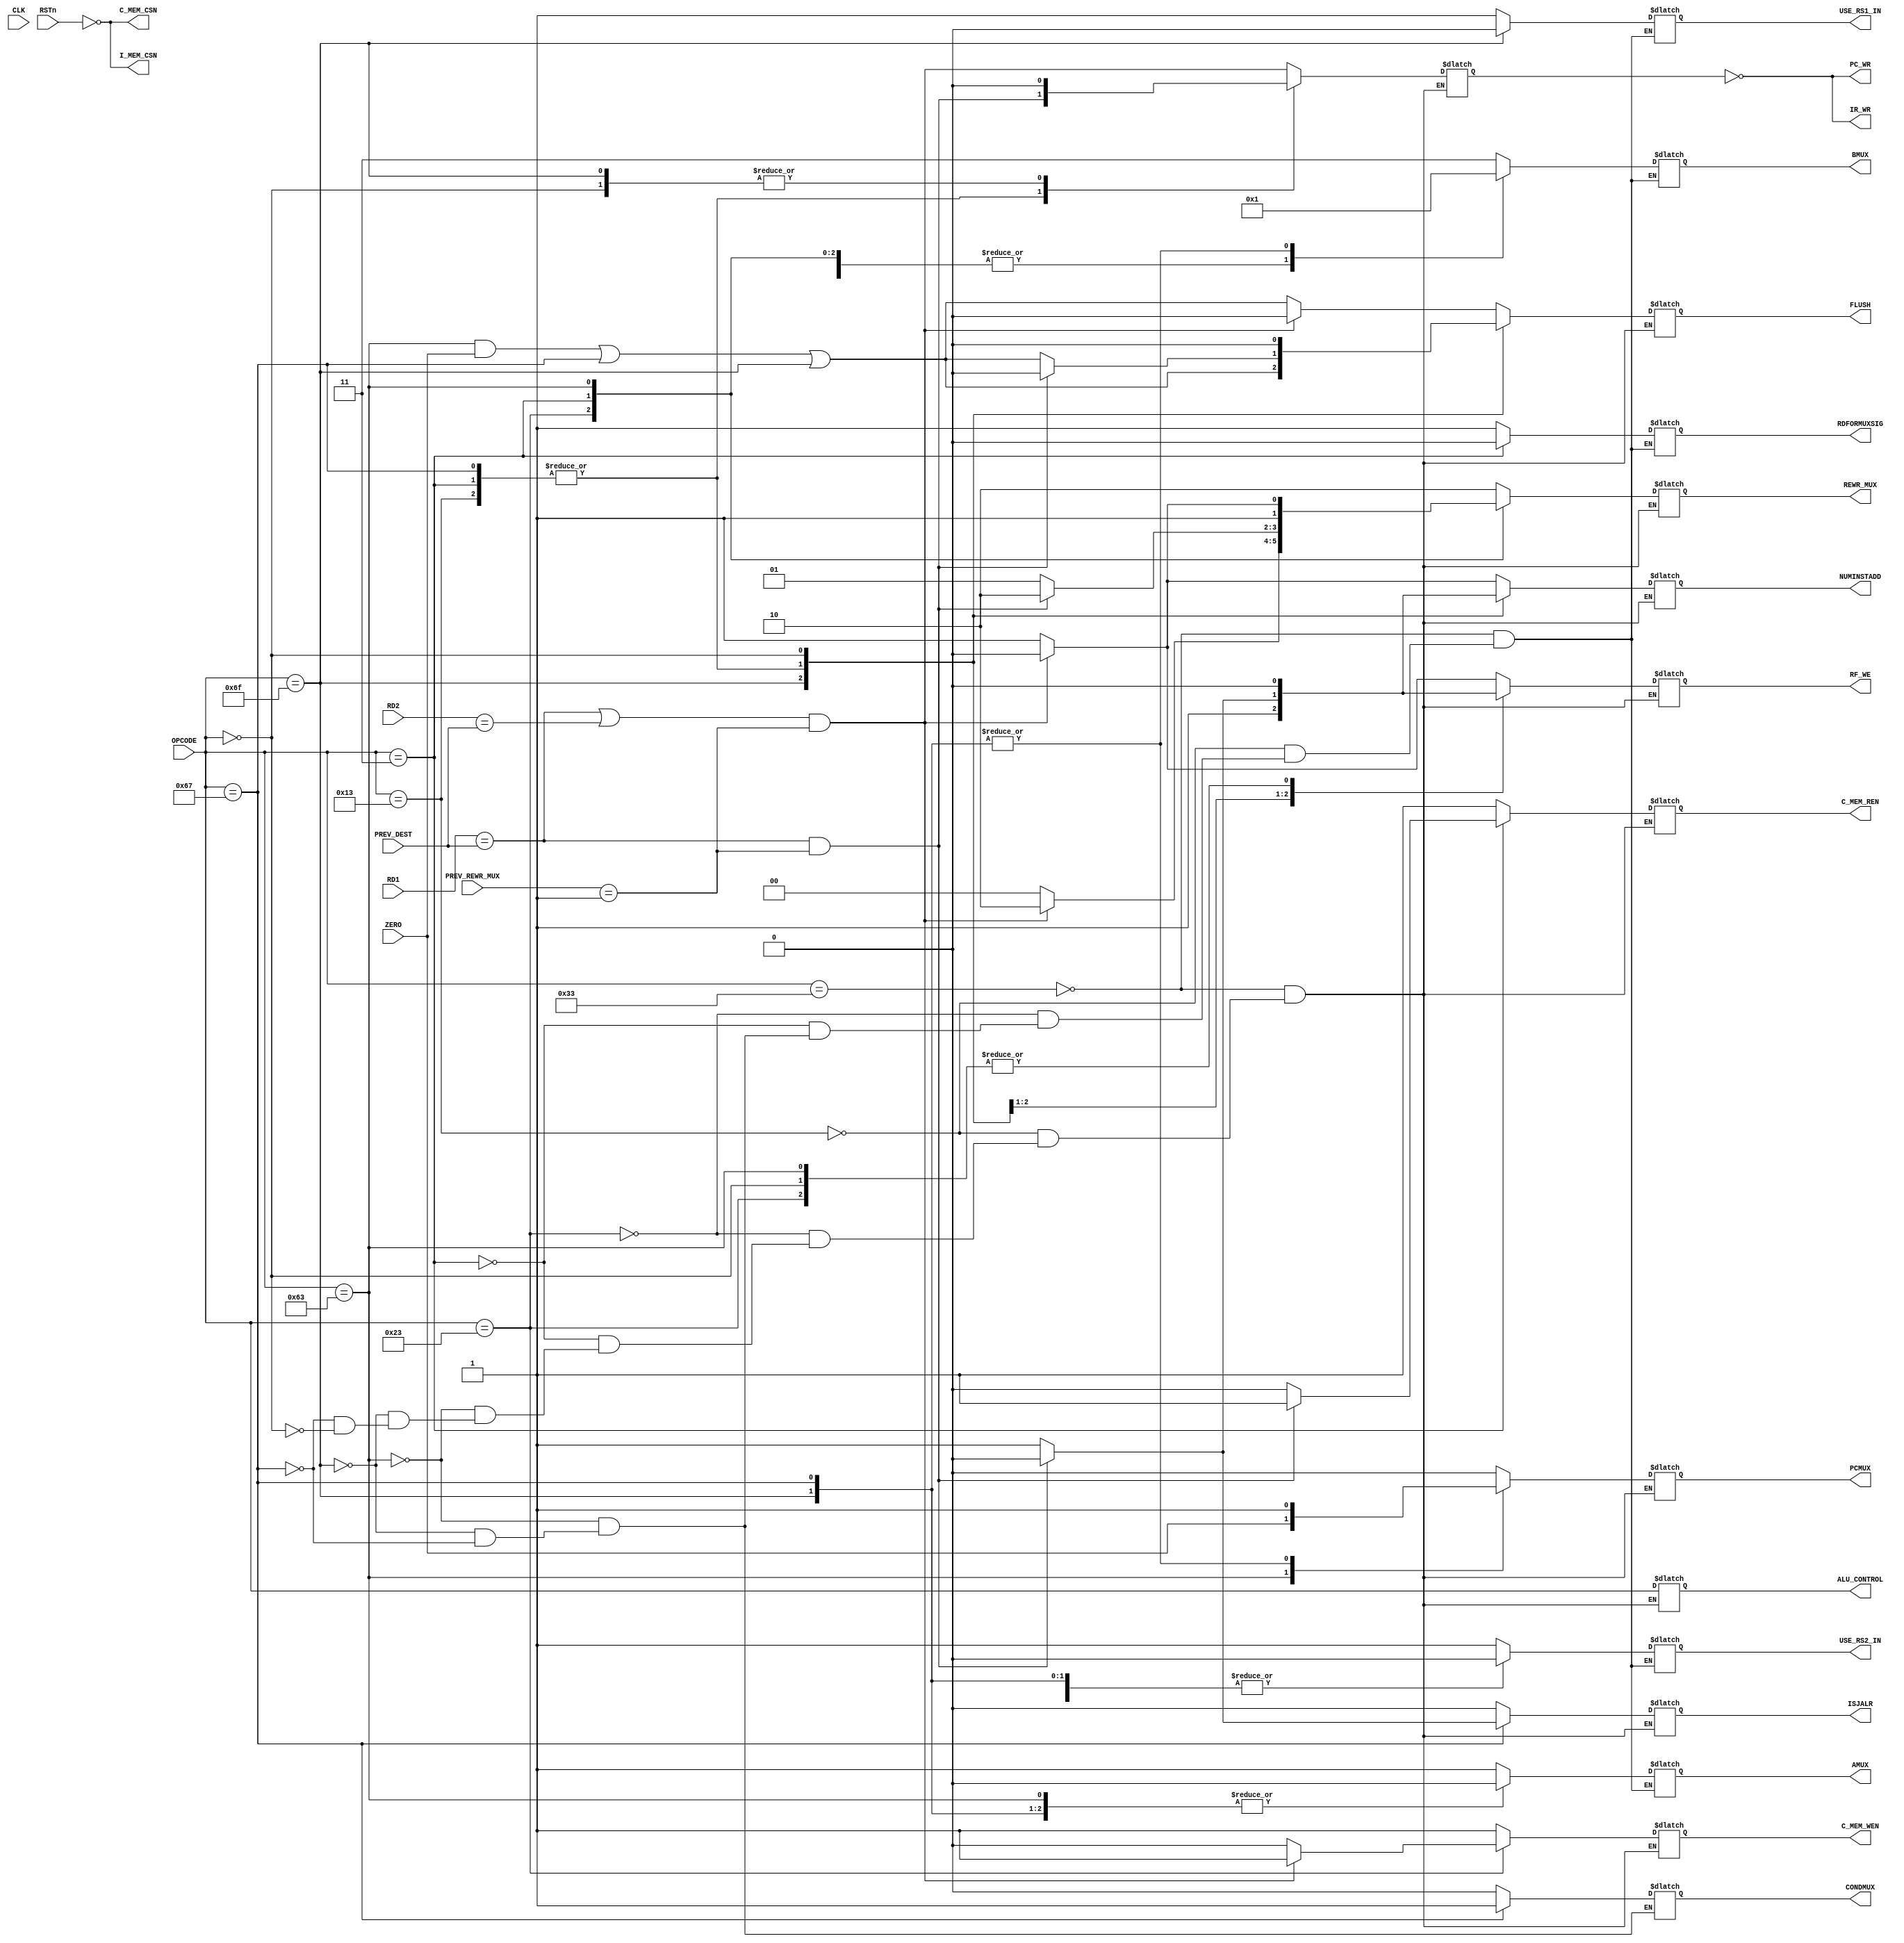
module CONTROL (
		
	input wire [6:0] OPCODE,
	input wire RSTn,
	input wire CLK,
	input wire [4:0] RD1,
	input wire [4:0] RD2,
	input wire [4:0] PREV_DEST,
	input wire [1:0] PREV_REWR_MUX,
    input wire ZERO,

	output wire RF_WE, C_MEM_REN, C_MEM_WEN, I_MEM_CSN, C_MEM_CSN, AMUX, ISJALR, CONDMUX, 
	output wire [6:0] ALU_CONTROL,
	output wire [1:0] BMUX, REWR_MUX,
	output wire IR_WR, PC_WR, FLUSH, NUMINSTADD, PCMUX,
    output wire USE_RS1_IN, USE_RS2_IN, RDFORMUXSIG
	);


	reg[6:0] _ALU_CONTROL;
	reg[1:0] _BMUX, _REWR_MUX;
	reg _RE_WE, _C_MEM_WEN, _AMUX, _IS_JALR, _CONDMUX, _STALL, _FLUSH, _NUMINSTADD, _PCMUX, _USE_RS1_IN, _USE_RS2_IN, _RDFORMUXSIG, _C_MEM_REN; 
	
	assign ALU_CONTROL = _ALU_CONTROL;
	assign IR_WR = ~_STALL;
	assign PC_WR = ~_STALL;
	assign RF_WE = _RE_WE;
	assign C_MEM_WEN = _C_MEM_WEN;
	assign REWR_MUX = _REWR_MUX;
	assign AMUX = _AMUX;
	assign BMUX = _BMUX;
	assign ISJALR = _IS_JALR;
	assign CONDMUX = _CONDMUX;
	assign I_MEM_CSN = ~RSTn;
	assign C_MEM_CSN = ~RSTn;
   assign FLUSH = _FLUSH;
   assign NUMINSTADD = _NUMINSTADD;
   assign PCMUX = _PCMUX;
   assign USE_RS1_IN = _USE_RS1_IN;
   assign USE_RS2_IN = _USE_RS2_IN;
	assign RDFORMUXSIG = _RDFORMUXSIG;
	assign C_MEM_REN = _C_MEM_REN;

	initial begin
		_ALU_CONTROL <=0;
		_RE_WE <= 0;
		_C_MEM_WEN <=1;
		_REWR_MUX <= 0;
		_AMUX <= 0;
		_BMUX <= 0;
		_IS_JALR <= 0;
		_CONDMUX <= 0;
		_NUMINSTADD <= 0;
      _FLUSH <= 0;
      _PCMUX <= 0;
      _USE_RS1_IN <= 0;
      _USE_RS2_IN <= 0;
		_C_MEM_REN <= 1;
	end


	always@ (*) begin
		case (OPCODE) 

		//add
		7'b0110011: begin
			_ALU_CONTROL = OPCODE;
			_RE_WE = 1;
			_C_MEM_WEN = 1;
			_REWR_MUX = 2'b10;
			_AMUX = 1;
			_BMUX = 2'b11;
			_IS_JALR = 0;
			_NUMINSTADD = 1;
			_PCMUX = 0;
			_USE_RS1_IN = 1;
			_USE_RS2_IN = 1;
			_RDFORMUXSIG = 1;
			_C_MEM_REN = 1;
			// detect load data hazard
			_STALL = ((RD1==PREV_DEST) | (RD2==PREV_DEST)) & (PREV_REWR_MUX == 2'b01); 
         _FLUSH = ((OPCODE == 7'b1100011)&ZERO) | (OPCODE == 7'b1100111) | (OPCODE == 7'b1101111);
         if (_STALL == 1) begin
				 _ALU_CONTROL = OPCODE;
				 _RE_WE = 0;
				 _C_MEM_WEN = 1;
				_C_MEM_REN = 1;
				 _IS_JALR = 0;
				 _FLUSH = 0;
				 _NUMINSTADD = 0;
				 _REWR_MUX = 2'b10;
            end 
		end

		//addi
		7'b0010011: begin
            _ALU_CONTROL = OPCODE;
            _RE_WE = 1;
            _C_MEM_WEN = 1;
				_C_MEM_REN = 1;
            _REWR_MUX = 2'b10;
            _AMUX = 1;
            _BMUX = 2'b00;
            _IS_JALR = 0;
            _NUMINSTADD = 1;
            _PCMUX = 0;
            // detect load data hazard
            _STALL = (RD1==PREV_DEST) & (PREV_REWR_MUX==2'b01);  
            _FLUSH = ((OPCODE == 7'b1100011)&ZERO) | (OPCODE == 7'b1100111) | (OPCODE == 7'b1101111);
            _USE_RS1_IN = 1;
            _USE_RS2_IN = 0;
	    _RDFORMUXSIG = 1;
           if (_STALL == 1) begin
                _ALU_CONTROL = OPCODE;
                _RE_WE = 0;
                _C_MEM_WEN = 1;
                _C_MEM_REN = 1;
                _IS_JALR = 0;
                _FLUSH = 0;
                _NUMINSTADD = 0;
		_REWR_MUX = 2'b10;
            end 
		end

		//SW
		7'b0100011: begin
            _ALU_CONTROL = OPCODE;
            _RE_WE = 0;
            _C_MEM_WEN = 0;
				_C_MEM_REN = 1;
            _AMUX = 1;
            _BMUX = 2'b00;
            _IS_JALR = 0;
            _REWR_MUX = 2'b00;
            _NUMINSTADD = 1;
            _PCMUX = 0;
            _USE_RS1_IN = 1;
            _USE_RS2_IN = 1;
	    _RDFORMUXSIG = 1;
            // detect load data hazard
            _STALL = ((RD1==PREV_DEST) | (RD2==PREV_DEST)) & (PREV_REWR_MUX==2'b01);  
            _FLUSH = ((OPCODE == 7'b1100011)&ZERO) | (OPCODE == 7'b1100111) | (OPCODE == 7'b1101111);
            if (_STALL == 1) begin
                _ALU_CONTROL = OPCODE;
                _RE_WE = 0;
                _C_MEM_WEN = 1;
                _C_MEM_REN = 1;
                _IS_JALR = 0;
                _FLUSH = 0;
                _NUMINSTADD = 0;
		_REWR_MUX = 2'b10;
            end 
		end

		//LW
		7'b0000011: begin
            _ALU_CONTROL = OPCODE;
            _RE_WE = 1;
            _C_MEM_WEN = 1;
				_C_MEM_REN = 0;
            _REWR_MUX = 2'b01;
            _AMUX = 1;
            _BMUX = 2'b00;
            _IS_JALR = 0;
            _NUMINSTADD = 1;
            _PCMUX = 0;
            _USE_RS1_IN = 1;
            _USE_RS2_IN = 0;
	    _RDFORMUXSIG = 0;
            // detect load data hazard
            _STALL = (RD1==PREV_DEST) & (PREV_REWR_MUX==2'b01);  
            _FLUSH = ((OPCODE == 7'b1100011)&ZERO) | (OPCODE == 7'b1100111) | (OPCODE == 7'b1101111);
            if (_STALL == 1) begin
                _ALU_CONTROL = OPCODE;
                _RE_WE = 0;
                _C_MEM_WEN = 1;
                _C_MEM_REN = 1;
                _IS_JALR = 0;
                _FLUSH = 0;
                _NUMINSTADD = 0;
		_REWR_MUX = 2'b10;
            end 
		end

		//BRANCH
		7'b1100011: begin
            _ALU_CONTROL = OPCODE;
            _RE_WE = 0;
            _REWR_MUX = 2'b11;
            _C_MEM_WEN = 1;
				_C_MEM_REN = 1;
            _AMUX = 0;
            _BMUX = 2'b00;
            _IS_JALR = 0;
            _CONDMUX = 0;
            _NUMINSTADD = 1;
            _PCMUX = ZERO;
            _USE_RS1_IN = 1;
            _USE_RS2_IN = 1;
	    _RDFORMUXSIG = 1;
            // detect load data hazard
            _STALL = ((RD1==PREV_DEST) | (RD2==PREV_DEST)) & (PREV_REWR_MUX == 2'b01); 
            _FLUSH = ((OPCODE == 7'b1100011)&ZERO) | (OPCODE == 7'b1100111) | (OPCODE == 7'b1101111);
            if (_STALL == 1) begin
                _ALU_CONTROL = OPCODE;
                _RE_WE = 0;
                _C_MEM_WEN = 1;
                _C_MEM_REN = 1;
                _IS_JALR = 0;
                _FLUSH = 0;
                _NUMINSTADD = 0;
		_REWR_MUX = 2'b10;
            end 
		end

		//JAL
		7'b1101111: begin
            _ALU_CONTROL = OPCODE;
            _RE_WE = 1;
            _C_MEM_WEN = 1;
				_C_MEM_REN = 1;
            _REWR_MUX = 2'b10;
            _AMUX = 0;
            _BMUX = 2'b01;
            _IS_JALR = 0;
            _CONDMUX = 0;
            _NUMINSTADD = 1;
            _PCMUX = 1;
            _USE_RS1_IN = 0;
            _USE_RS2_IN = 0;
	    _RDFORMUXSIG = 1;
            // detect load data hazard
            _STALL = 0;
            _FLUSH = ((OPCODE == 7'b1100011)&ZERO) | (OPCODE == 7'b1100111) | (OPCODE == 7'b1101111);
		end

		//JALR
		7'b1100111: begin
            _ALU_CONTROL = OPCODE;
            _RE_WE = 1;
            _C_MEM_WEN = 1;
				_C_MEM_REN = 1;
            _REWR_MUX = 2'b10;
            _AMUX = 0;
            _BMUX = 2'b01;
            _IS_JALR = 1;
            _CONDMUX = 1;
            _NUMINSTADD = 1;
            _PCMUX = 1;
            _USE_RS1_IN = 1;
            _USE_RS2_IN = 0;
	    _RDFORMUXSIG = 1;
            // detect load data hazard
            _STALL = (RD1==PREV_DEST) & (PREV_REWR_MUX==2'b01); 
            _FLUSH = ((OPCODE == 7'b1100011)&ZERO) | (OPCODE == 7'b1100111) | (OPCODE == 7'b1101111);
            if (_STALL == 1) begin
                _ALU_CONTROL = OPCODE;
                _RE_WE = 0;
                _C_MEM_WEN = 1;
                _C_MEM_REN = 1;
                _IS_JALR = 0;
                _FLUSH = 0;
                _NUMINSTADD = 0;
		_REWR_MUX = 2'b10;
            end 
		end

        //dummy
        7'b0000000: begin
				_ALU_CONTROL = OPCODE;
				_RE_WE = 0;
				_C_MEM_WEN = 1;
				_C_MEM_REN = 1;
				_IS_JALR = 0;
				_STALL = 0;
				_FLUSH = 0;
				_NUMINSTADD = 0;
				_REWR_MUX = 2'b10;
				_PCMUX = 0;
        end
		endcase
	end
endmodule